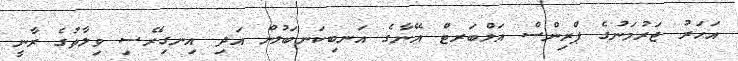
އަހަރު ޖަރުމަނުގެ ޕްރިންސް އަލްބަރޓް އޭނާގެ އަނބިކަނބަލުން އަދި އިނގިރޭސި ވިލާތުގެ ރާނީ